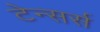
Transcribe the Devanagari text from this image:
टेन्सर्स